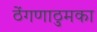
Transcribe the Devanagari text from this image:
ठेंगणाठुमका